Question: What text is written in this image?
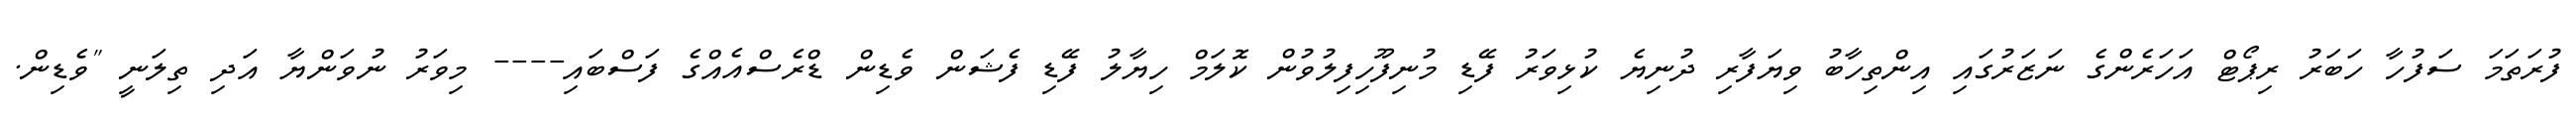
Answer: ފުރަތަމަ ސަފުހާ ހަބަރު ރިޕޯޓް އަހަރެންގެ ނަޒަރުގައި އިންތިހާބު ވިޔަފާރި ދުނިޔެ ކުޅިވަރު ފޭޑި މުނިފޫހިފިލުވުން ކޮލަމް ހިޔާލު ފޭޑި ފެޝަން ވެޑިން ޑްރެސްއެއްގެ ފަސްބައި---- މިވަރު ނުވަންޔާ އަދި ތިލަނީ "ވެޑިން.